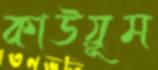
কাউয়ূম